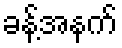
ခန့်အနက်